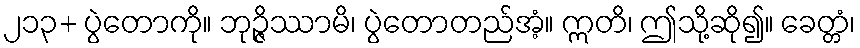
၂၁၃+ ပွဲတောကို။ ဘုဉ္ဇိဿာမိ၊ ပွဲတောတည်အံ့။ ဣတိ၊ ဤသို့ဆို၍။ ခေတ္တံ၊